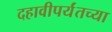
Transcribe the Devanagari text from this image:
दहावीपर्यंतच्या